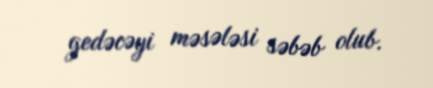
gedəcəyi məsələsi səbəb olub.